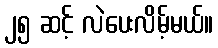
၂၅ ဆင့် လဲပေးလိမ့်မယ်။